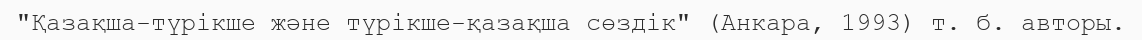
"Қазақша-түрікше және түрікше-қазақша сөздік" (Анкара, 1993) т. б. авторы.